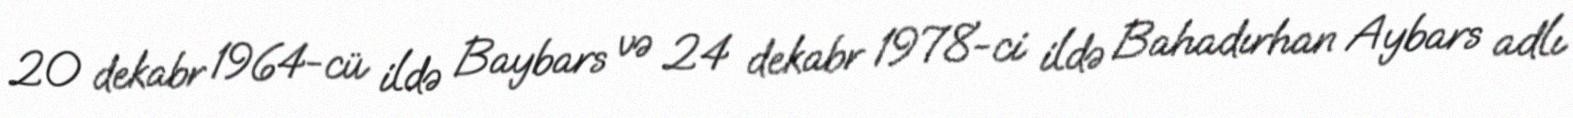
20 dekabr 1964-cü ildə Baybars və 24 dekabr 1978-ci ildə Bahadırhan Aybars adlı